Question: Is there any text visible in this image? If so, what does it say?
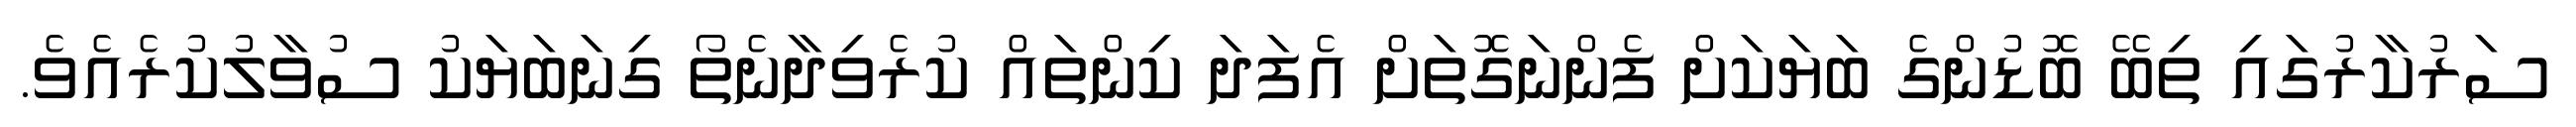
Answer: ސަރުކާރުގައި ތިބޭ ބޮޑުންގެ ބަޔަކަށް ފެންނަގޮތަށް އެފަދަ ކިންތައް ކުރެވިދާނެތޯ ގިނަބަޔަކު ސުވާލުކުރެއެވެ.